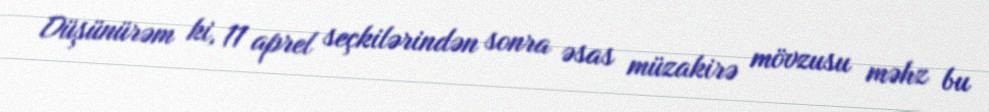
Düşünürəm ki, 11 aprel seçkilərindən sonra əsas müzakirə mövzusu məhz bu